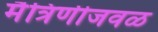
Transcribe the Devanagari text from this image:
मैत्रिणीजवळ